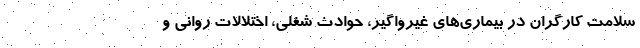
سلامت کارگران در بیماری‌های غیرواگیر، حوادث شغلی، اختلالات روانی و